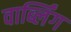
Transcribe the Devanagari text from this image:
वार्ब्लिंग